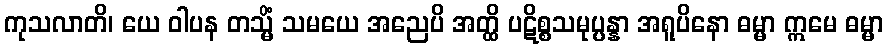
ကုသလာတိ၊ ယေ ဝါပန တသ္မိံ သမယေ အညေပိ အတ္ထိ ပဋိစ္စသမုပ္ပန္နာ အရူပိနော ဓမ္မာ ဣမေ ဓမ္မာ